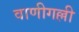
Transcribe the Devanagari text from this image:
वाणीगल्ली